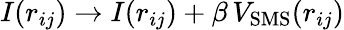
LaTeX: I(r_{ij})\to I(r_{ij})+\beta\, V_{\mathrm{SMS}}(r_{ij})